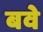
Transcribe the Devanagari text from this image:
बवे